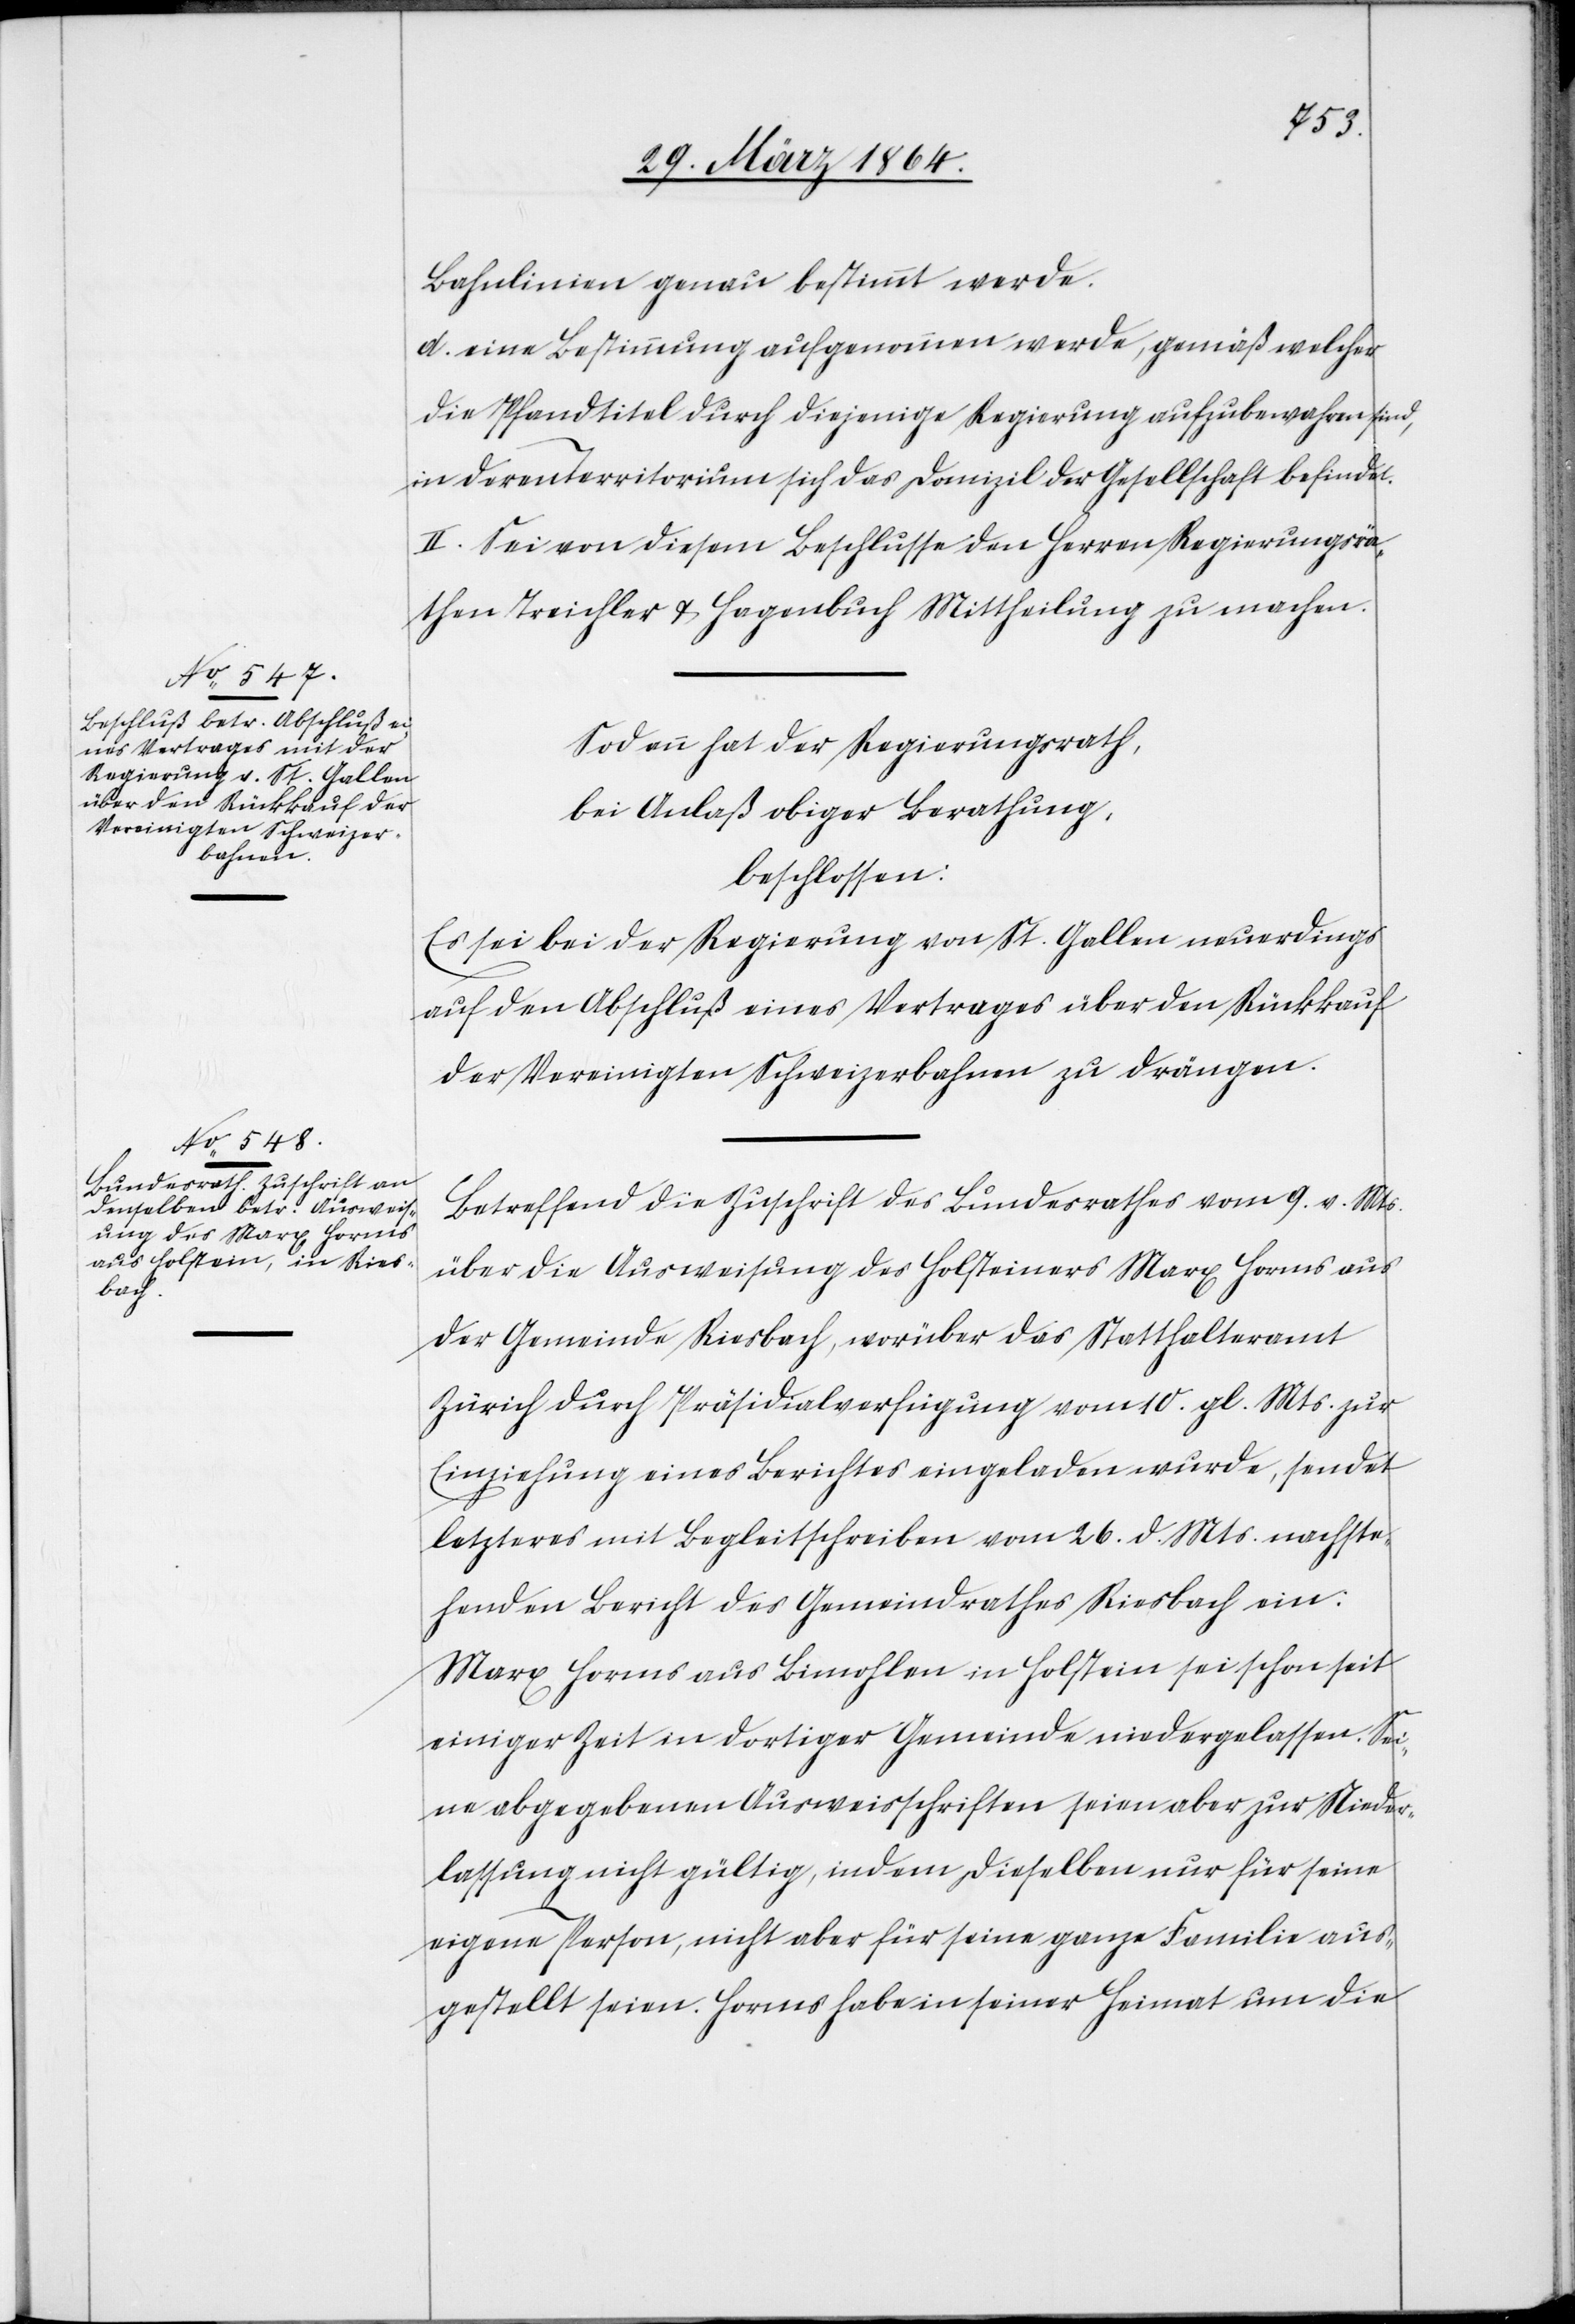
Bahnlinien genau bestimmt werde.
d.) eine Bestimmung aufgenommen werde, gemäß welcher
die Pfandtitel durch diejenige Regierung aufzubewahren sind,
in deren Territorium sich das Domizil der Gesellschaft befindet.
II. Sei von diesem Beschlusse den Herren Regierungsrä¬
then Treichler u. Hagenbuch Mittheilung zu machen.
Sodann hat der Regierungsrath,
bei Anlaß obiger Berathung,
beschlossen:
Es sei bei der Regierung von St. Gallen neuerdings
auf den Abschluß eines Vertrages über den Rückkauf
der Vereinigten Schweizerbahnen zu drängen.
Betreffend die Zuschrift des Bundesrathes vom 9. v. Mts.
über die Ausweisung des Holsteiners Marx Horms aus
der Gemeinde Riesbach, worüber das Statthalteramt
Zürich durch Präsidialverfügung vom 10. gl. Mts. zur
Einziehung eines Berichtes eingeladen wurde, sendet
letzteres mit Begleitschreiben vom 26. d. Mts. nachste¬
henden Bericht des Gemeindrathes Riesbach ein:
Marx Horms aus Bimohlen in Holstein sei schon seit
einiger Zeit in dortiger Gemeinde neidergelassen. Sei¬
ne abgegebenen Ausweisschriften seien aber zur Nieder¬
lassung nicht gültig, indem dieselben nur für seine
eigene Person, nicht aber für seine ganze Familie aus¬
gestellt seien. Horms habe in seiner Heimat um die